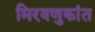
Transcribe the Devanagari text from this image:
मिरवणुकांत